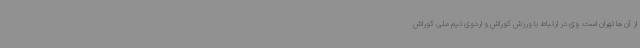
از آن ها تهران است. وی در ارتباط با ورزش کوراش و اردوی تیم ملی کوراش